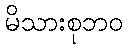
မိသားစုဘဝ